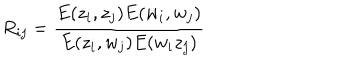
LaTeX: R _ { i j } = \frac { E ( z _ { i } , z _ { j } ) E ( w _ { i } , w _ { j } ) } { E ( z _ { i } , w _ { j } ) E ( w _ { i } z _ { j } ) }